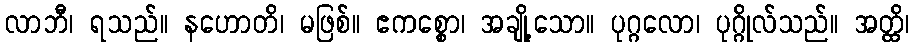
လာဘီ၊ ရသည်။ နဟောတိ၊ မဖြစ်။ ဧကစ္စော၊ အချို့သော။ ပုဂ္ဂလော၊ ပုဂ္ဂိုလ်သည်။ အတ္ထိ၊